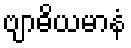
ဗျာဓိယမာနံ